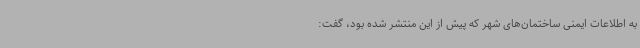
به اطلاعات ایمنی ساختمان‌های شهر که پیش از این منتشر شده بود، گفت: